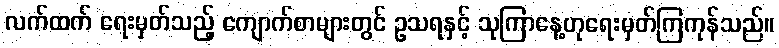
လက်ထက် ရေးမှတ်သည့် ကျောက်စာများတွင် ဥသရနှင့် သုကြာနေ့ဟုရေးမှတ်ကြကုန်သည်။